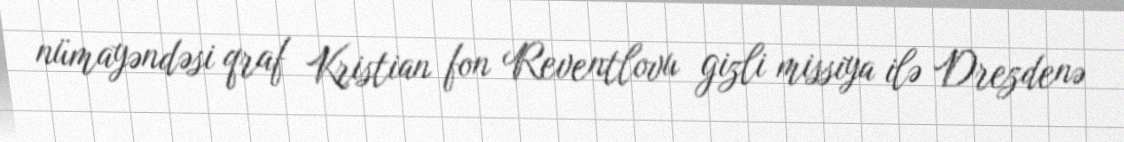
nümayəndəsi qraf Kristian fon Reventlovu gizli missiya ilə Drezdenə